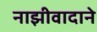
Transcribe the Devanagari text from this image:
नाझीवादाने